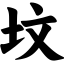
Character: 坟